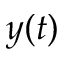
y ( t )